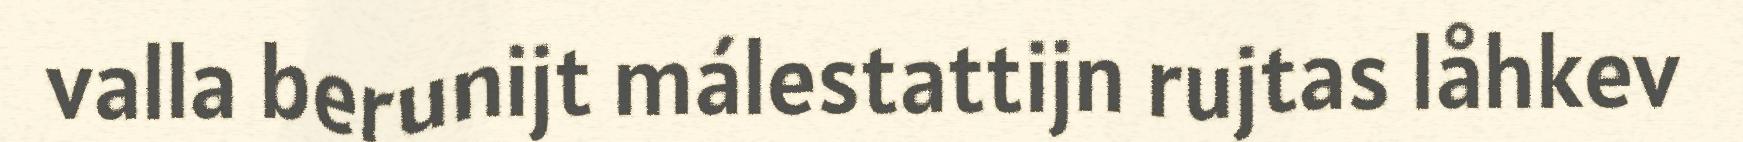
valla berunijt málestattijn rujtas låhkev